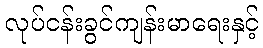
လုပ်ငန်းခွင်ကျန်းမာရေးနှင့်